Source: Handwritten
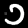
Digit: ၁ (1)